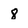
Character: 8